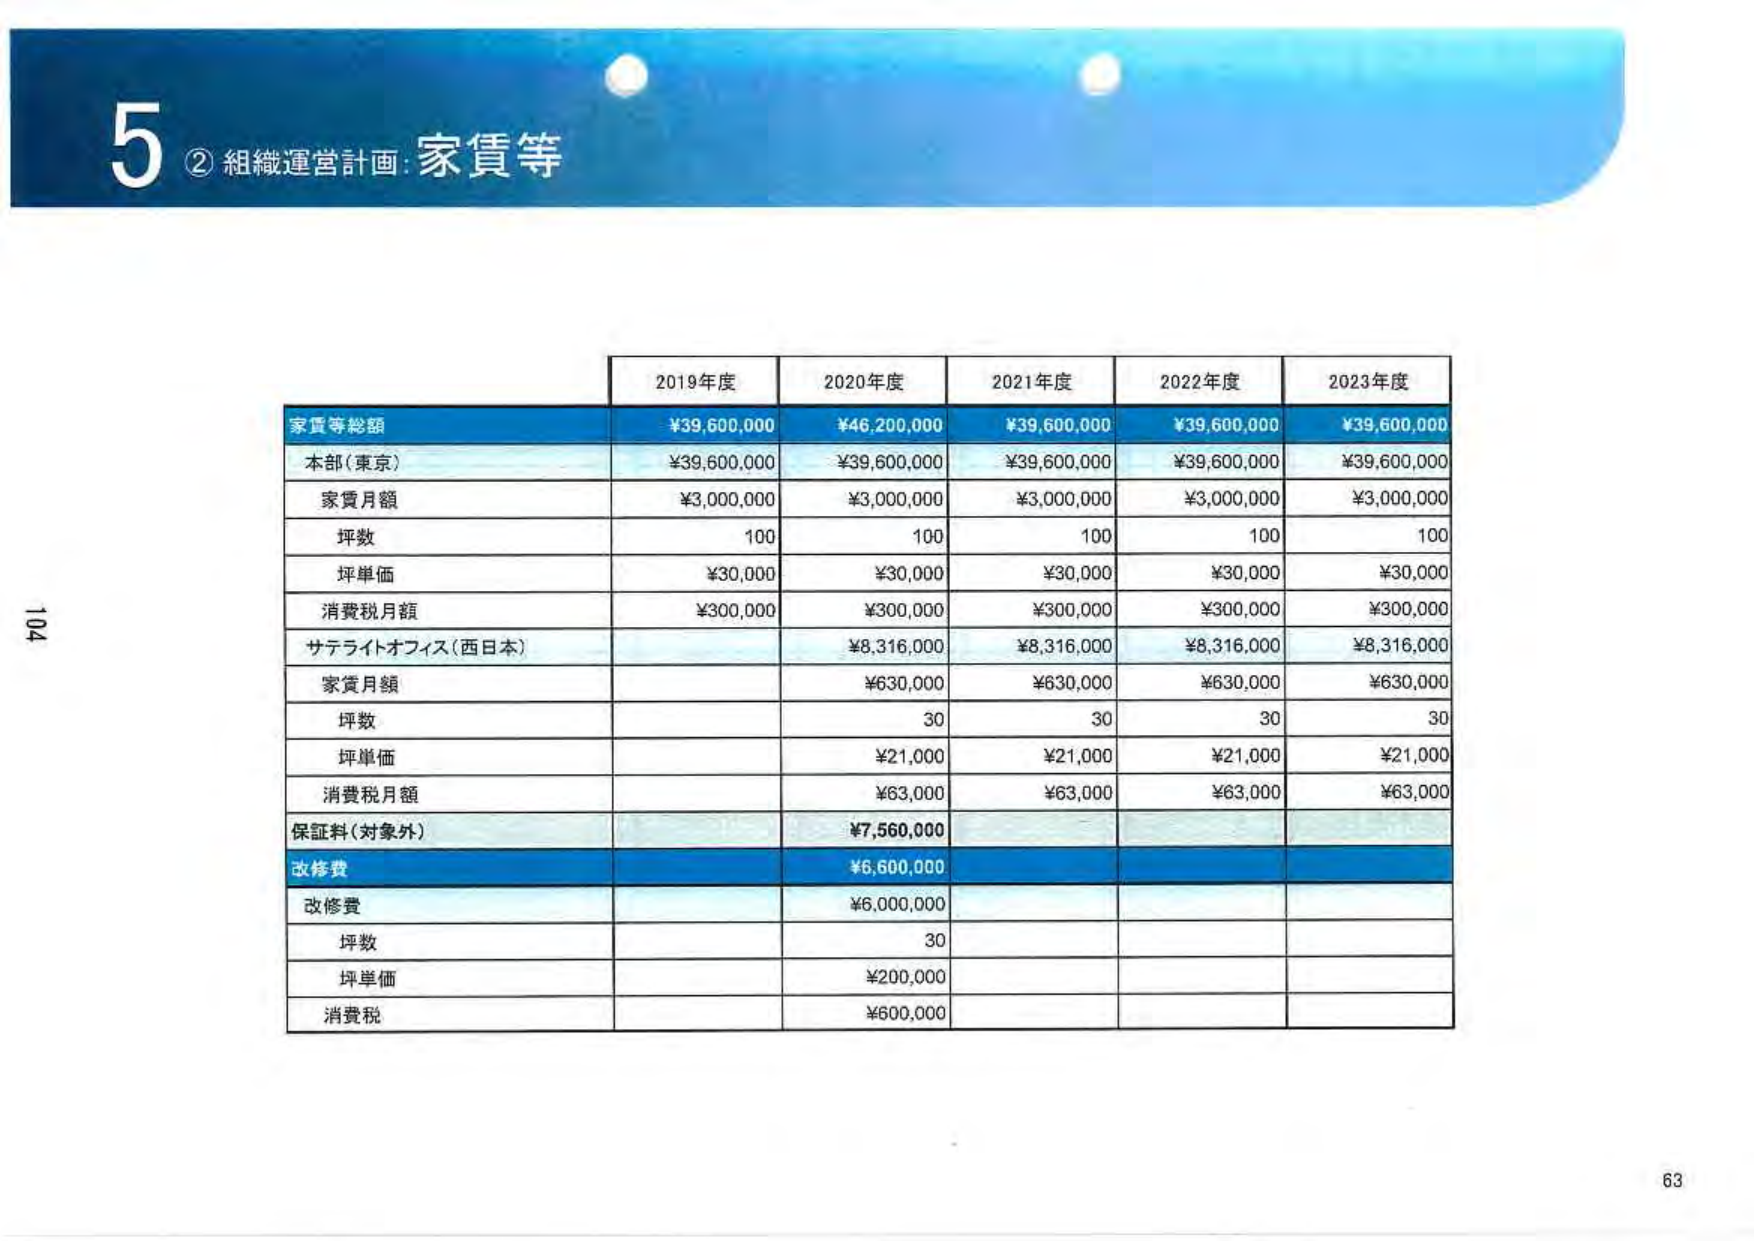
5 ② 組織運営計画：家賃等

2019年度 2020年度 2021年度 2022年度 2023年度

家賃等総額 ¥39,600,000 ¥46,200,000 ¥39,600,000 ¥39,600,000 ¥39,600,000

本部（東京） ¥39,600,000 ¥39,600,000 ¥39,600,000 ¥39,600,000 ¥39,600,000

家賃月額 ¥3,000,000 ¥3,000,000 ¥3,000,000 ¥3,000,000 ¥3,000,000

坪数 100 100 100 100 100

坪単価 ¥30,000 ¥30,000 ¥30,000 ¥30,000 ¥30,000

消費税月額 ¥300,000 ¥300,000 ¥300,000 ¥300,000 ¥300,000

サテライトオフィス（西日本） ¥8,316,000 ¥8,316,000 ¥8,316,000 ¥8,316,000

家賃月額 ¥630,000 ¥630,000 ¥630,000 ¥630,000

坪数 30 30 30 30

坪単価 ¥21,000 ¥21,000 ¥21,000 ¥21,000

消費税月額 ¥63,000 ¥63,000 ¥63,000 ¥63,000

保証料（対象外） ¥7,560,000

改修費 ¥6,600,000

改修費 ¥6,000,000

坪数 30

坪単価 ¥200,000

消費税 ¥600,000

104

63